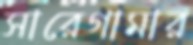
সারেগামার